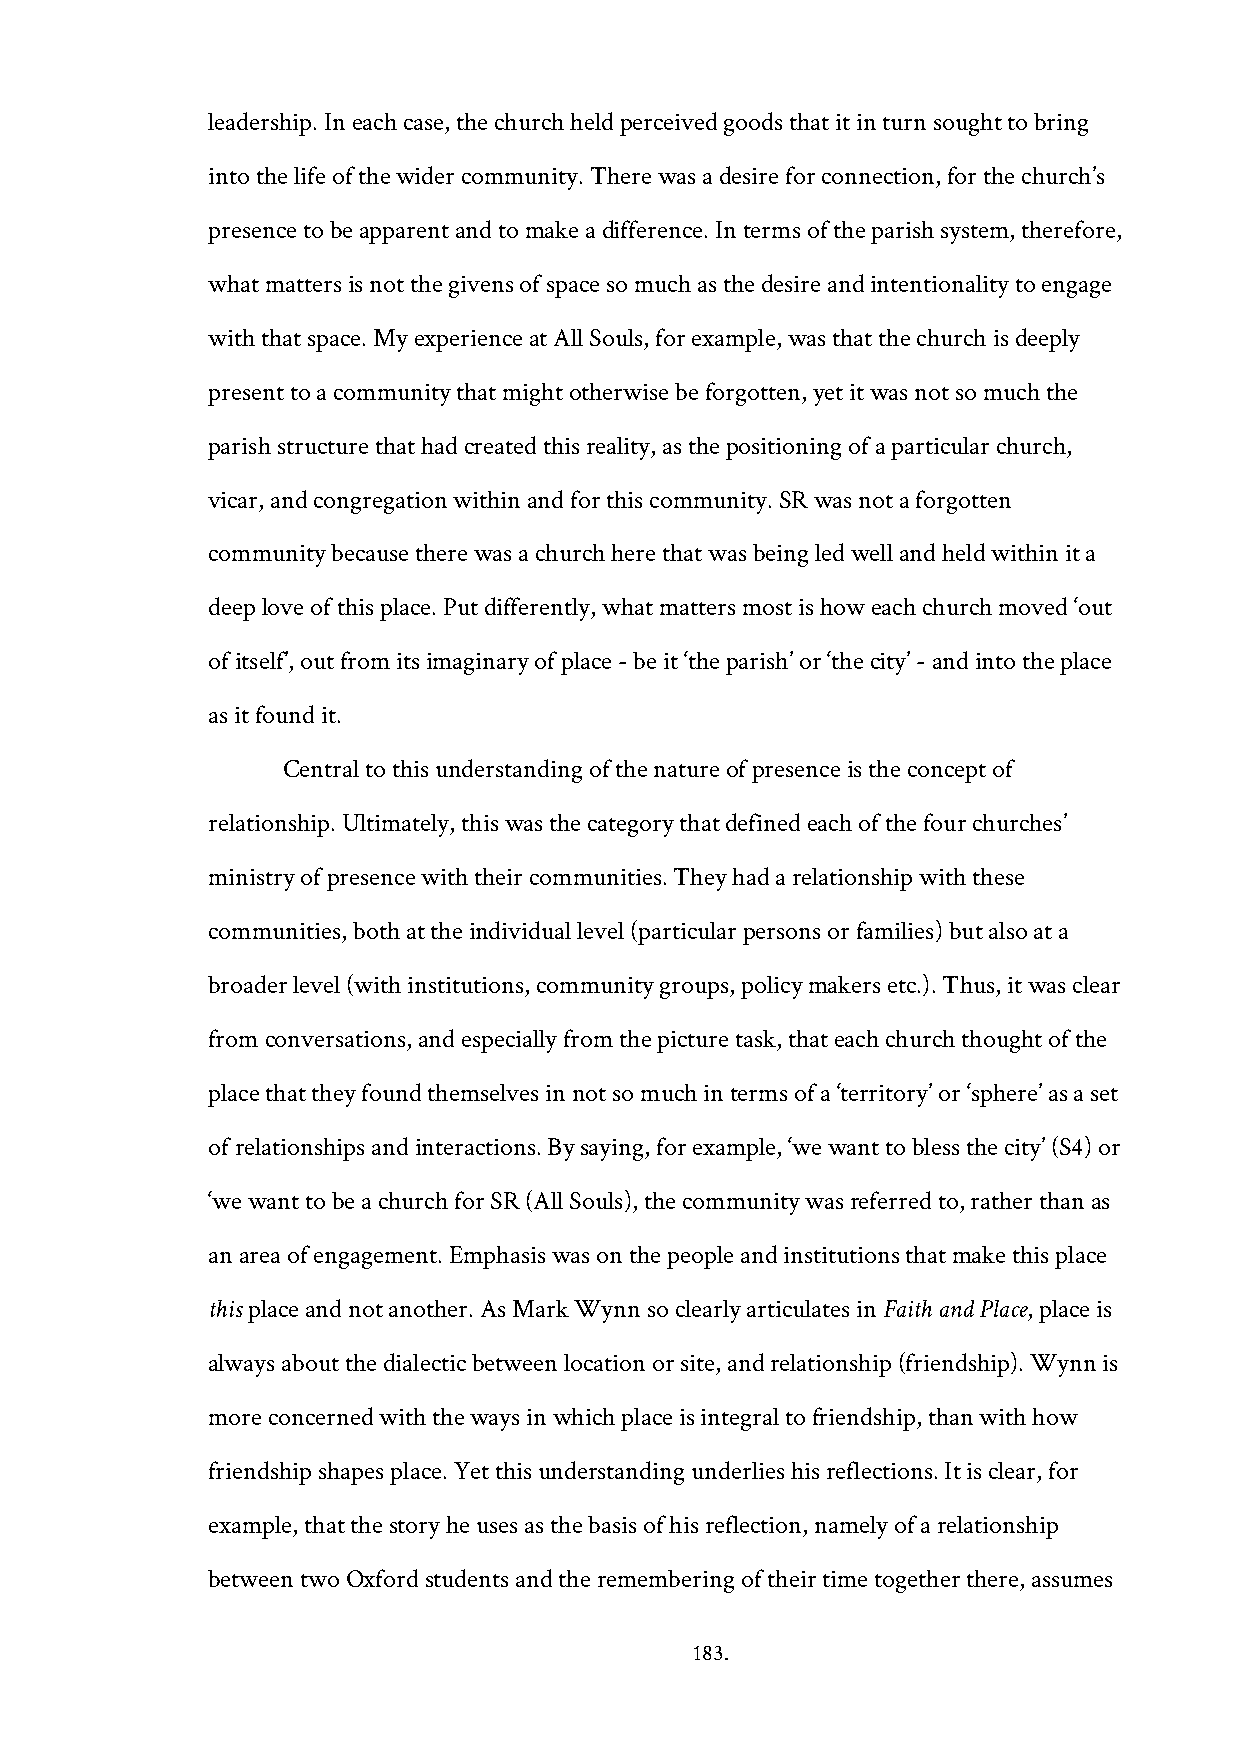
leadership. In each case, the church held perceived goods that it in turn sought to bring
 into the life of the wider community. There was a desire for connection, for the church’s
 presence to be apparent and to make a difference. In terms of the parish system, therefore,
 what matters is not the givens of space so much as the desire and intentionality to engage
 with that space. My experience at All Souls, for example, was that the church is deeply
 present to a community that might otherwise be forgotten, yet it was not so much the
 parish structure that had created this reality, as the positioning of a particular church,
 vicar, and congregation within and for this community. SR was not a forgotten
 community because there was a church here that was being led well and held within it a
 deep love of this place. Put differently, what matters most is how each church moved ‘out
 of itself’, out from its imaginary of place - be it ‘the parish’ or ‘the city’ - and into the place
 as it found it.
 Central to this understanding of the nature of presence is the concept of
 relationship. Ultimately, this was the category that defined each of the four churches’
 ministry of presence with their communities. They had a relationship with these
 communities, both at the individual level (particular persons or families) but also at a
 broader level (with institutions, community groups, policy makers etc.). Thus, it was clear
 from conversations, and especially from the picture task, that each church thought of the
 place that they found themselves in not so much in terms of a ‘territory’ or ‘sphere’ as a set
 of relationships and interactions. By saying, for example, ‘we want to bless the city’ (S4) or
 ‘we want to be a church for SR (All Souls), the community was referred to, rather than as
 an area of engagement. Emphasis was on the people and institutions that make this place
 this place and not another. As Mark Wynn so clearly articulates in Faith and Place, place is
 always about the dialectic between location or site, and relationship (friendship). Wynn is
 more concerned with the ways in which place is integral to friendship, than with how
 friendship shapes place. Yet this understanding underlies his reflections. It is clear, for
 example, that the story he uses as the basis of his reflection, namely of a relationship
 between two Oxford students and the remembering of their time together there, assumes
 183.